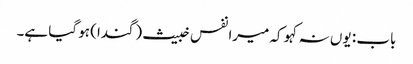
باب : یوں نہ کہو کہ میرا نفس خبیث (گندا) ہو گیا ہے۔